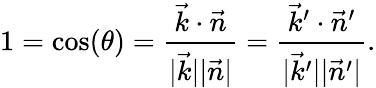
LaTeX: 1=\cos(\theta)=\frac{\vec{k}\cdot\vec{n}}{\vert\vec{k}\vert\vert\vec{n}\vert}=\frac{\vec{k}^{\prime}\cdot\vec{n}^{\prime}}{\vert\vec{k}^{\prime}\vert\vert\vec{n}^{\prime}\vert}.